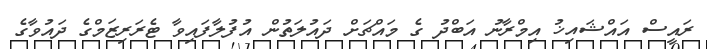
ރައީސް އައްޝައިޚު އިމްރާނު އަބްދު ގެ މައްޗަށް ދައުލަތުން އުފުލާފައިވާ ޓެރަރިޒަމްގެ ދައުވާގެ